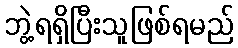
ဘွဲ့ရရှိပြီးသူဖြစ်ရမည်